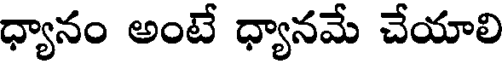
ధ్యానం అంటే ధ్యానమే చేయాలి